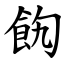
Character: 䬨